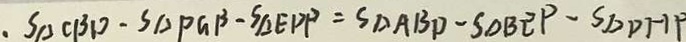
. S _ { \Delta } C B D - S _ { \Delta } P G B - S _ { \Delta E D P } = S _ { \Delta A B D } - S _ { \Delta B E P } - S _ { \Delta D H P }